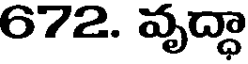
672. వృద్ధా